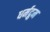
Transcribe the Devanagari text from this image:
धर्मद्रुम